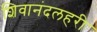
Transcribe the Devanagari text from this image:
शिवानंदलहरी